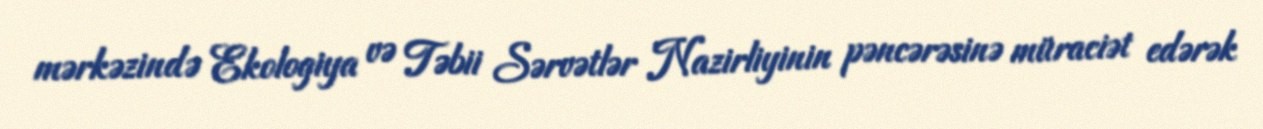
mərkəzində Ekologiya və Təbii Sərvətlər Nazirliyinin pəncərəsinə müraciət edərək